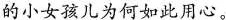
的小女孩儿为何如此用心。